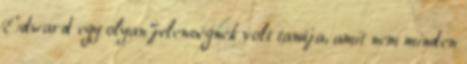
Edward egy olyan jelenségnek volt tanúja, amit nem minden